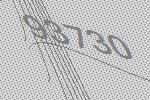
93730